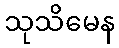
သုသိမေန